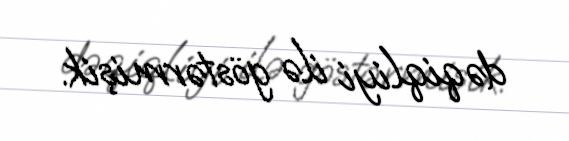
dəqiqliyi ilə göstərmişik.